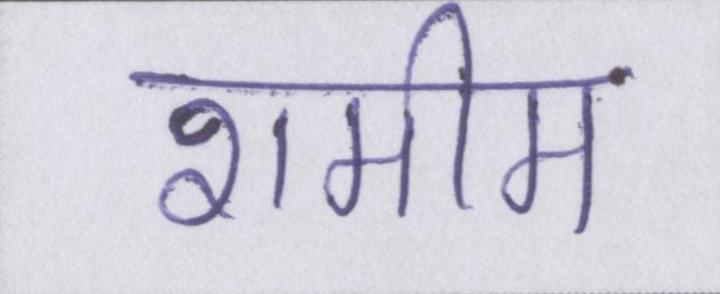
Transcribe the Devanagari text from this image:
शमीम